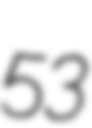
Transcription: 53